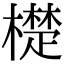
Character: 檚